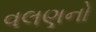
વલણનો